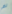
لم